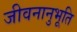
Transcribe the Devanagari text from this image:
जीवनानुभूति